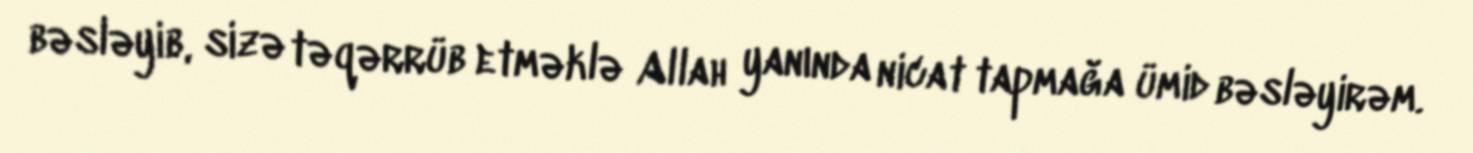
bəsləyib, sizə təqərrüb etməklə Allah yanında nicat tapmağa ümid bəsləyirəm.